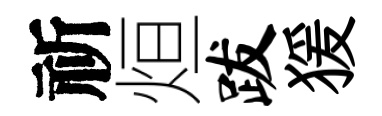
祈烜跋猨